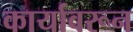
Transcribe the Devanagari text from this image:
कार्यावरून